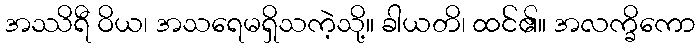
အဿိရီ ဝိယ၊ အသရေမရှိသကဲ့သို့။ ခါယတိ၊ ထင်၏။ အလက္ခိကော